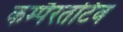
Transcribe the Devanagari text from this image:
कम्पैरतटिव